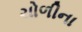
ચોળીના